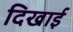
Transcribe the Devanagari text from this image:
दिखार्इ